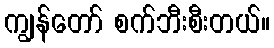
ကျွန်တော် စက်ဘီးစီးတယ်။